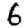
Digit: 6